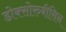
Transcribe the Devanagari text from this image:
डोक्सोरुबीसिन